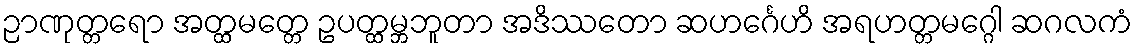
ဉာဏုတ္တရော အတ္ထမတ္တေ ဥပတ္ထမ္ဘဘူတာ အဒိဿတော ဆဟင်္ဂေဟိ အရဟတ္တမဂ္ဂေါ ဆဂလကံ